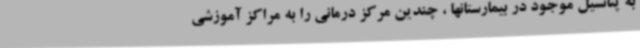
به پتانسیل موجود در بیمارستانها ، چندین مرکز درمانی را به مراکز آموزشی